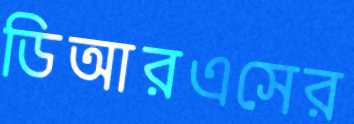
ডিআরএসের